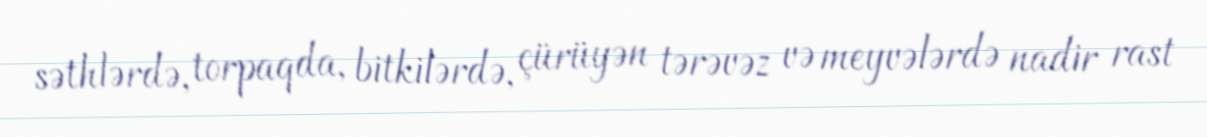
səthlərdə, torpaqda, bitkilərdə, çürüyən tərəvəz və meyvələrdə nadir rast